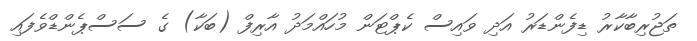
ތަޖުރިބާކާރު ޑިފެންޑަރު އަދި ވައިސް ކެޕްޓަން މުހައްމަދު އާރިފް (ބަކާ) ގެ ސަސްޕެންޑްވެފައި